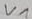
Text: V1